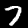
Label: 7